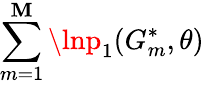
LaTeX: \sum_{m=1}^{\mathbf{M}}\lnp_{1}(G_{m}^{*},\theta)